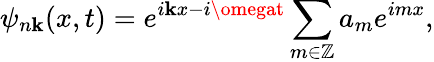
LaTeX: \psi_{n\mathbf{k}}(x,t)=e^{i\mathbf{k}x-i\omegat}\sum_{m\in\mathbb{{Z}}}a_{m}e^{imx},